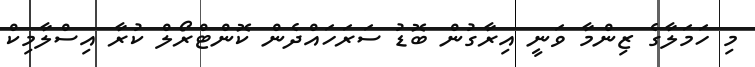
މި ހަމަލާގެ ޒިންމާ ވަނީ އިރާގުން ބޮޑު ސަރަހައްދެން ކޮންޓްރޯލް ކުރާ އިސްލާމިކް